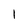
Character: I